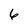
Character: 6